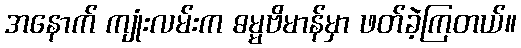
အနောက် ကျုံးလမ်းက ဓမ္မဗိမာန်မှာ ဖတ်ခဲ့ကြတယ်။